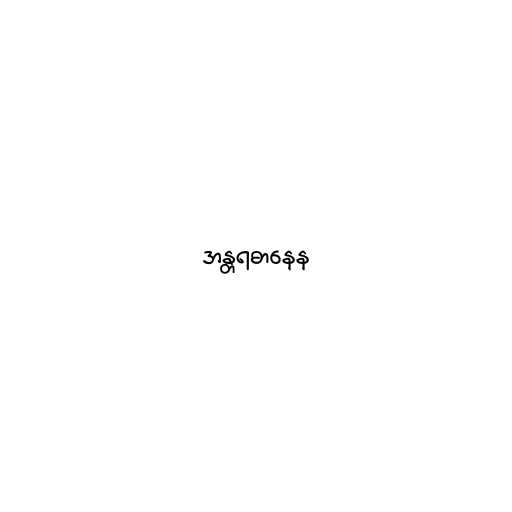
အန္တရဓာနေန